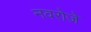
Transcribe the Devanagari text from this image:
नवरोजे